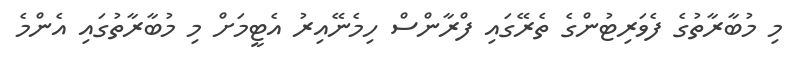
މި މުބާރާތުގެ ފެވަރިޓުންގެ ތެރޭގައި ފްރާންސް ހިމެނޭއިރު އެޓީމަށް މި މުބާރާތުގައި އެންމެ